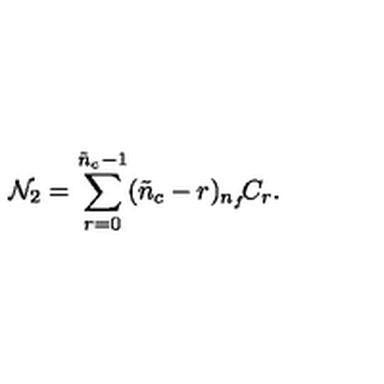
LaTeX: { \cal N } _ { 2 } = \sum _ { r = 0 } ^ { \tilde { n } _ { c } - 1 } ( \tilde { n } _ { c } - r ) { } _ { n _ { f } } \! C _ { r } .